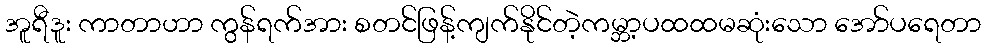
အူရီဒူး ကာတာဟာ ကွန်ရက်အား စတင်ဖြန့်ကျက်နိုင်တဲ့ကမ္ဘာ့ပထထမဆုံးသော အော်ပရေတာ